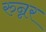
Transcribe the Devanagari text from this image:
रुन्नर